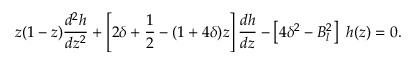
z ( 1 - z ) \frac { d ^ { 2 } h } { d z ^ { 2 } } + \left[ 2 \delta + { \frac { 1 } { 2 } } - ( 1 + 4 \delta ) z \right] \frac { d h } { d z } - \left[ 4 \delta ^ { 2 } - B _ { l } ^ { 2 } \right] ~ h ( z ) = 0 .